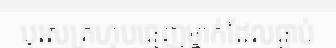
បុរសគ្រហុបធ្មេញម្នាក់ដែលធ្លាប់